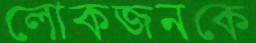
লোকজনকে